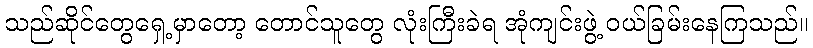
သည်ဆိုင်တွေရှေ့မှာတော့ တောင်သူတွေ လုံးကြီးခဲရ အုံကျင်းဖွဲ့ ဝယ်ခြမ်းနေကြသည်။